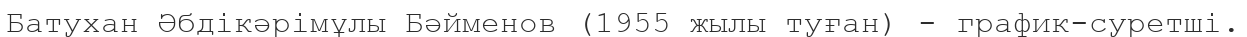
Батухан Әбдікәрімұлы Бәйменов (1955 жылы туған) - график-суретші.